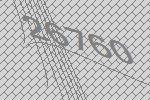
26760